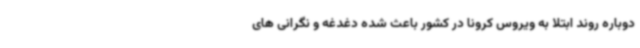
دوباره روند ابتلا به ویروس کرونا در کشور باعث شده دغدغه و نگرانی های